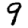
Digit: 9